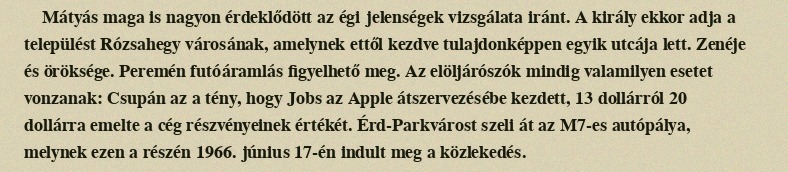
Mátyás maga is nagyon érdeklődött az égi jelenségek vizsgálata iránt. A király ekkor adja a települést Rózsahegy városának, amelynek ettől kezdve tulajdonképpen egyik utcája lett. Zenéje és öröksége. Peremén futóáramlás figyelhető meg. Az elöljárószók mindig valamilyen esetet vonzanak: Csupán az a tény, hogy Jobs az Apple átszervezésébe kezdett, 13 dollárról 20 dollárra emelte a cég részvényeinek értékét. Érd-Parkvárost szeli át az M7-es autópálya, melynek ezen a részén 1966. június 17-én indult meg a közlekedés.